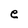
Character: e